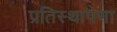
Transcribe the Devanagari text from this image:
प्रतिस्थापणा